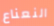
النعناع